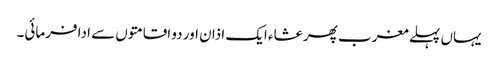
یہاں پہلے مغرب پھر عشاء ایک اذان اور دو اقامتوں سے ادا فرمائی۔